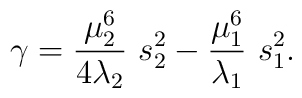
\gamma = \frac{\mu_{2}^{6}}{4 \lambda_{2}}\ s_{2}^{2} -\frac{\mu_{1}^{6}}{\lambda_{1}}\ s_{1}^{2}.